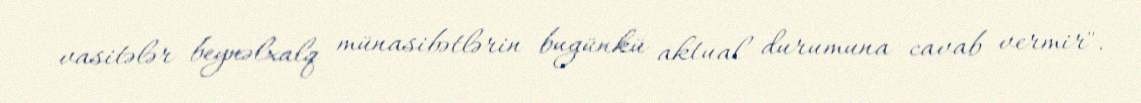
vasitələr beynəlxalq münasibətlərin bugünkü aktual durumuna cavab vermir".